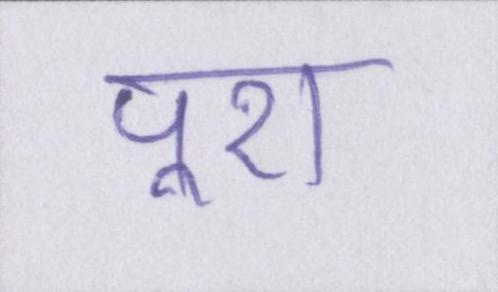
पूरा